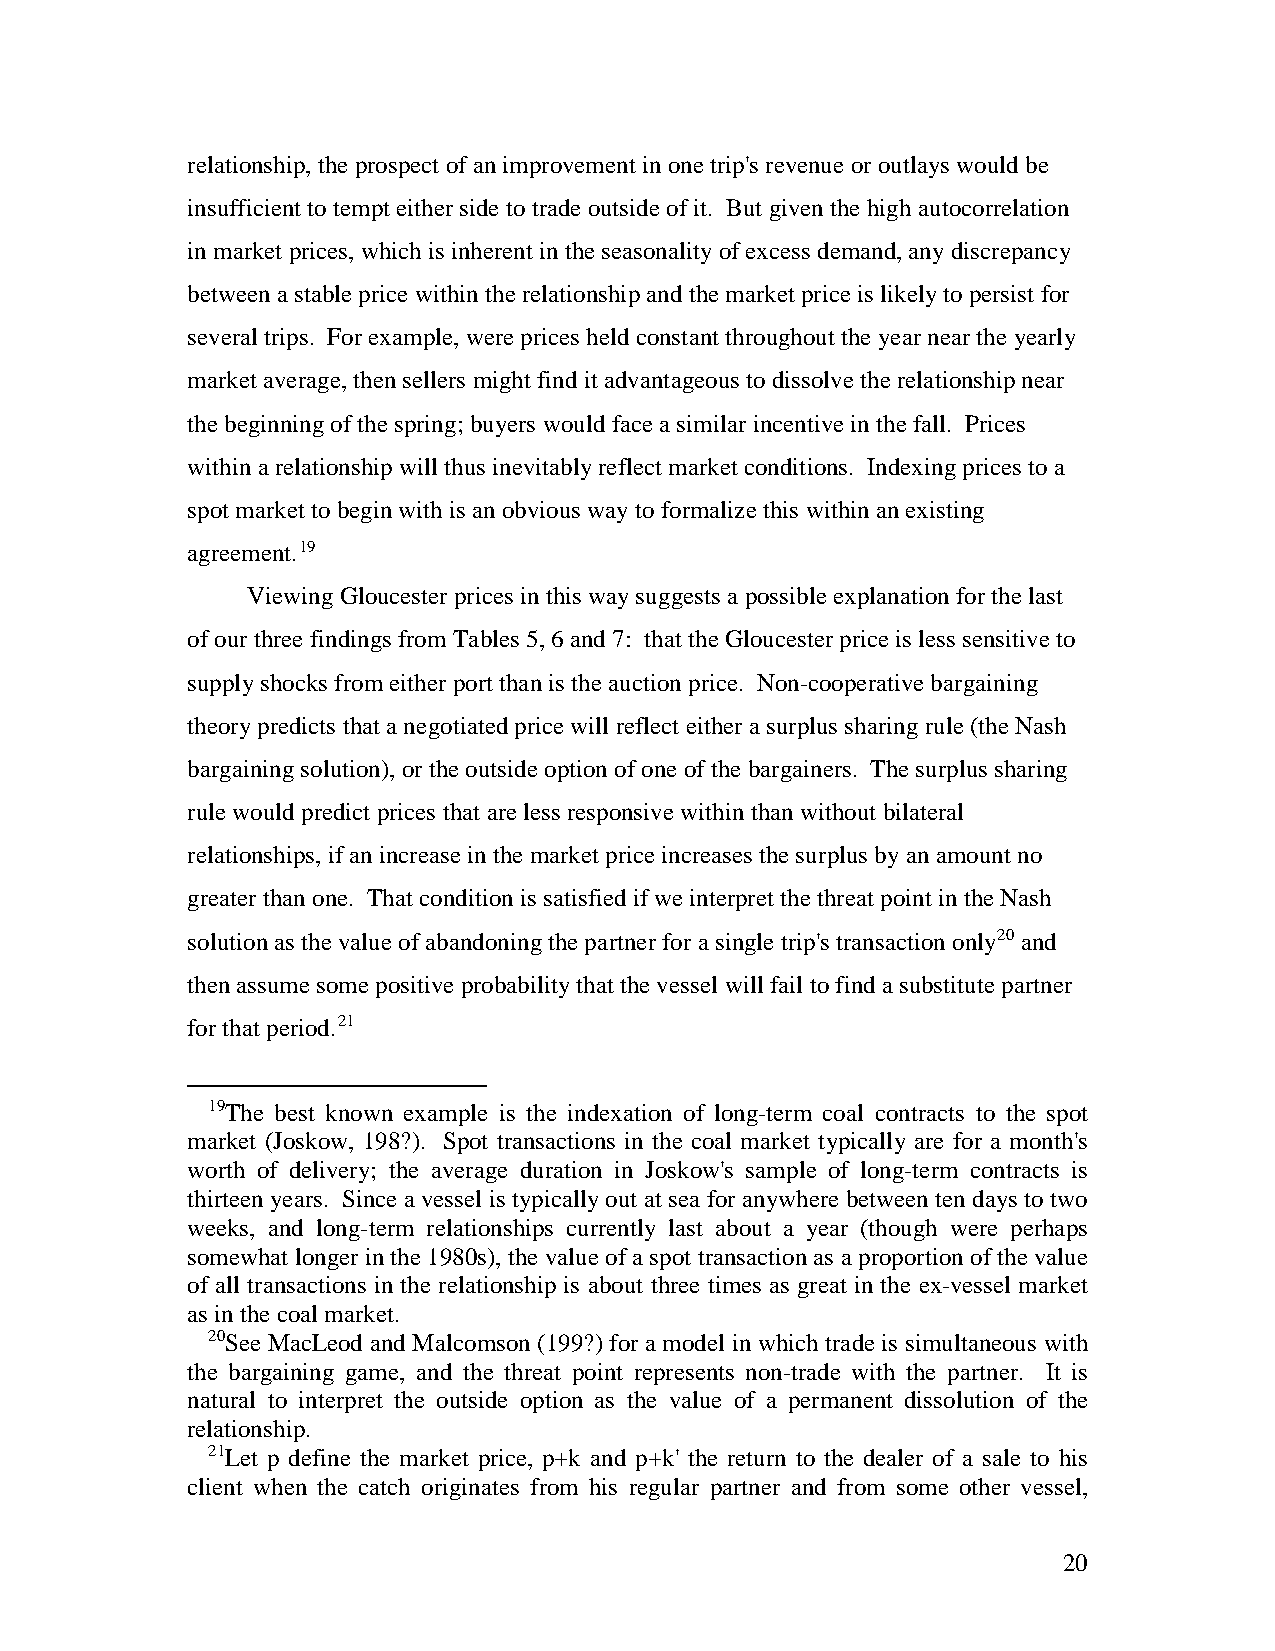
relationship, the prospect of an improvement in one trip's revenue or outlays would be
 insufficient to tempt either side to trade outside of it. But given the high autocorrelation
 in market prices, which is inherent in the seasonality of excess demand, any discrepancy
 between a stable price within the relationship and the market price is likely to persist for
 several trips. For example, were prices held constant throughout the year near the yearly
 market average, then sellers might find it advantageous to dissolve the relationship near
 the beginning of the spring; buyers would face a similar incentive in the fall. Prices
 within a relationship will thus inevitably reflect market conditions. Indexing prices to a
 spot market to begin with is an obvious way to formalize this within an existing
 agreement.19
 Viewing Gloucester prices in this way suggests a possible explanation for the last
 of our three findings from Tables 5, 6 and 7: that the Gloucester price is less sensitive to
 supply shocks from either port than is the auction price. Non-cooperative bargaining
 theory predicts that a negotiated price will reflect either a surplus sharing rule (the Nash
 bargaining solution), or the outside option of one of the bargainers. The surplus sharing
 rule would predict prices that are less responsive within than without bilateral
 relationships, if an increase in the market price increases the surplus by an amount no
 greater than one. That condition is satisfied if we interpret the threat point in the Nash
 solution as the value of abandoning the partner for a single trip's transaction only20 and
 then assume some positive probability that the vessel will fail to find a substitute partner
 for that period.21
 19The best known example is the indexation of long-term coal contracts to the spot
 market (Joskow, 198?). Spot transactions in the coal market typically are for a month's
 worth of delivery; the average duration in Joskow's sample of long-term contracts is
 thirteen years. Since a vessel is typically out at sea for anywhere between ten days to two
 weeks, and long-term relationships currently last about a year (though were perhaps
 somewhat longer in the 1980s), the value of a spot transaction as a proportion of the value
 of all transactions in the relationship is about three times as great in the ex-vessel market
 as in the coal market.
 20See MacLeod and Malcomson (199?) for a model in which trade is simultaneous with
 the bargaining game, and the threat point represents non-trade with the partner. It is
 natural to interpret the outside option as the value of a permanent dissolution of the
 relationship.
 21Let p define the market price, p+k and p+k' the return to the dealer of a sale to his
 client when the catch originates from his regular partner and from some other vessel,
 20